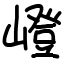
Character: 嶝